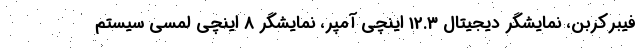
فیبرکربن، نمایشگر دیجیتال 12.3 اینچی آمپر، نمایشگر 8 اینچی لمسی سیستم